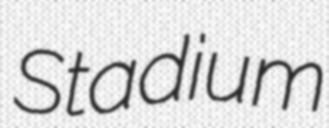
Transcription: Stadium